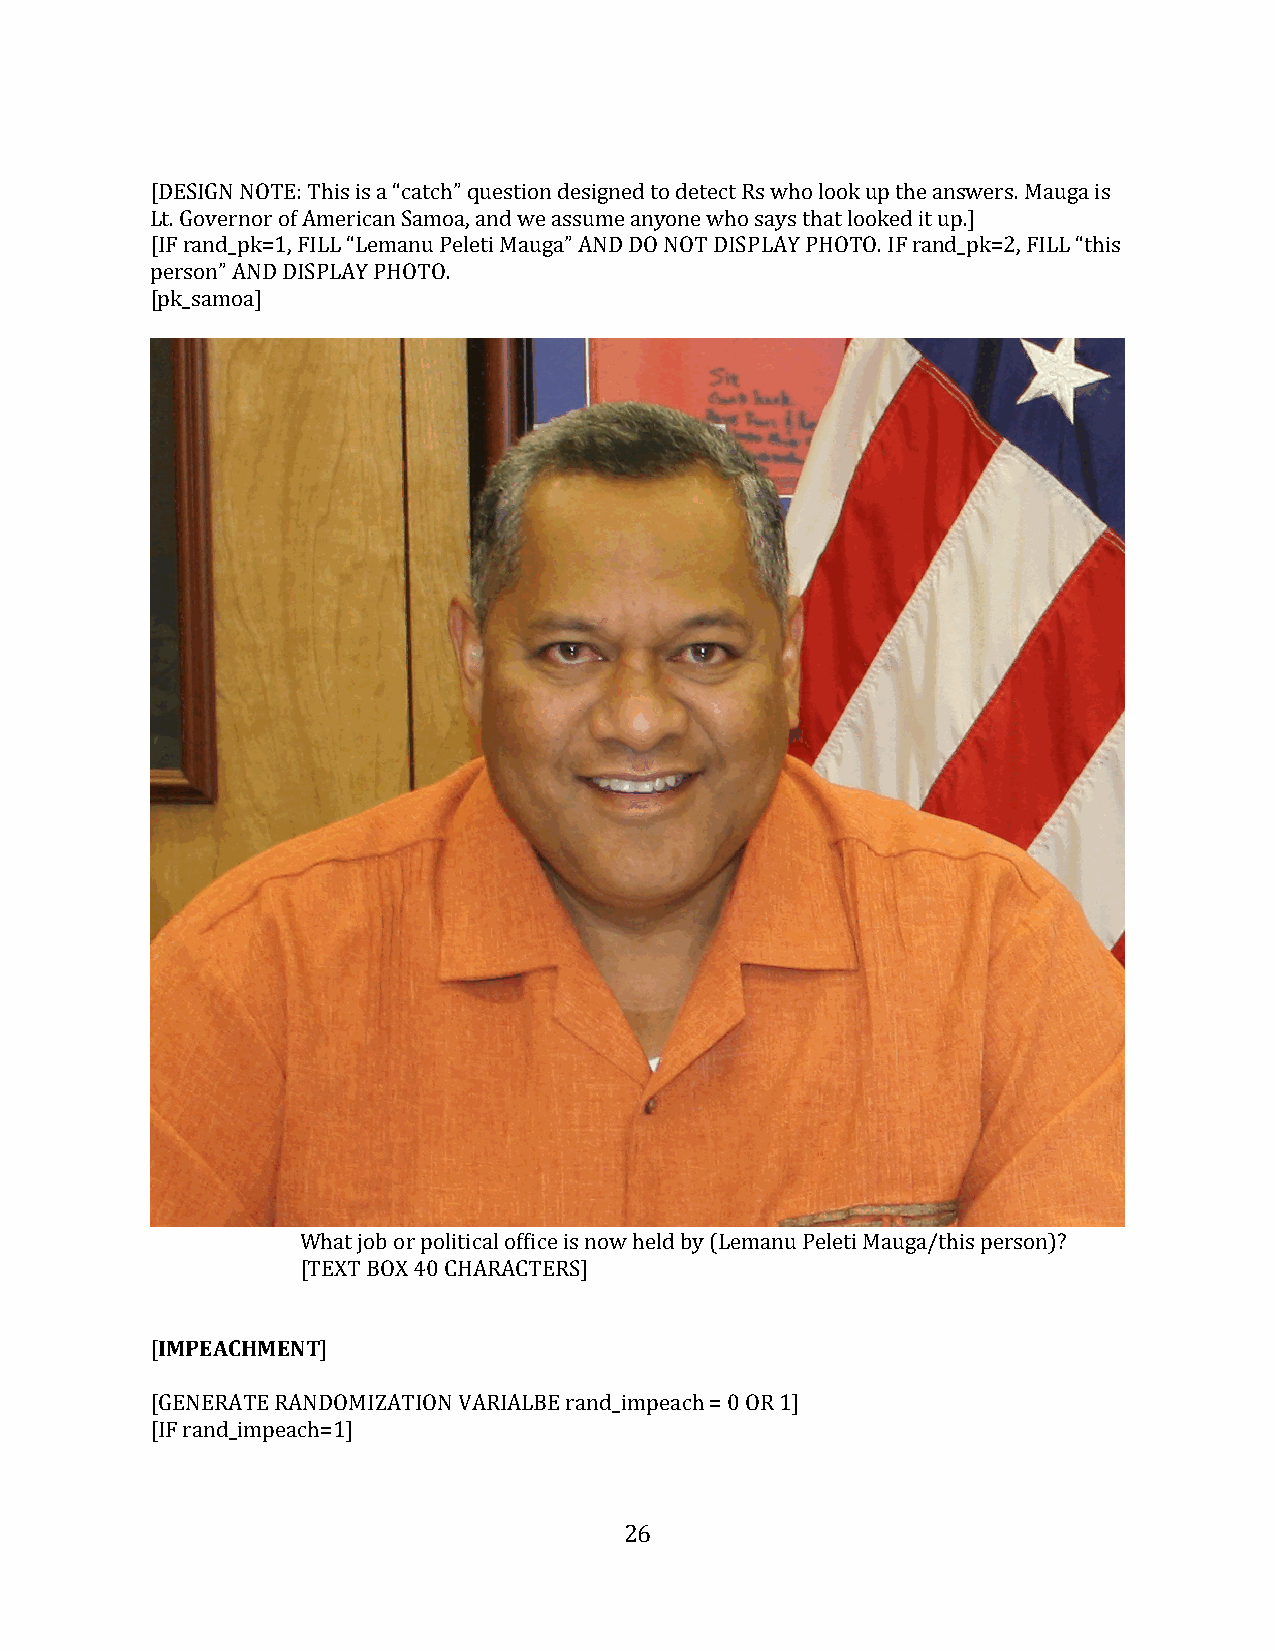
[DESIGN NOTE: This is a “catch” question designed to detect Rs who look up the answers. Mauga is
 Lt. Governor of American Samoa, and we assume anyone who says that looked it up.]
 [IF rand_pk=1, FILL “Lemanu Peleti Mauga” AND DO NOT DISPLAY PHOTO. IF rand_pk=2, FILL “this
 person” AND DISPLAY PHOTO.
 [pk_samoa]
 What job or political office is now held by (Lemanu Peleti Mauga/this person)?
 [TEXT BOX 40 CHARACTERS]
 IMPEACHMENT
 [          ]
 [GENERATE RANDOMIZATION VARIALBE rand_impeach = 0 OR 1]
 [IF rand_impeach=1]
 26